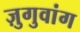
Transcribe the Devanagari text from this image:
ज़ुगुवांग